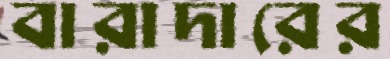
বারাদারের